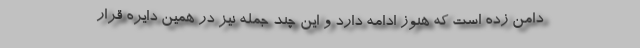
دامن زده است که هنوز ادامه دارد و این چند جمله نیز در همین دایره قرار